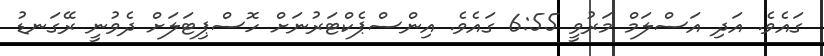
ގައެވެ. އަދި އަސްލަމް މަރުވީ 6:55 ގައެވެ. އިންސްޕެކްޓަރުނަށް ހޮސްޕިޓަލަށް ދެވުނީ ރޭގަނޑު